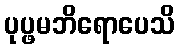
ပုပ္ဖမဘိရောပေသိ